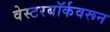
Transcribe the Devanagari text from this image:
वेस्टरबॉर्कवरून